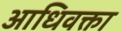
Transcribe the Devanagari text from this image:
आधिवक्ता